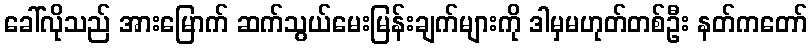
ခေါ်လိုသည် အားမြောက် ဆက်သွယ်မေးမြန်းချက်များကို ဒါမှမဟုတ်တစ်ဦး နတ်ကတော်